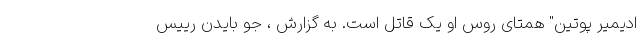
ادیمیر پوتین" همتای روس او یک قاتل است. به گزارش ، جو بایدن رییس